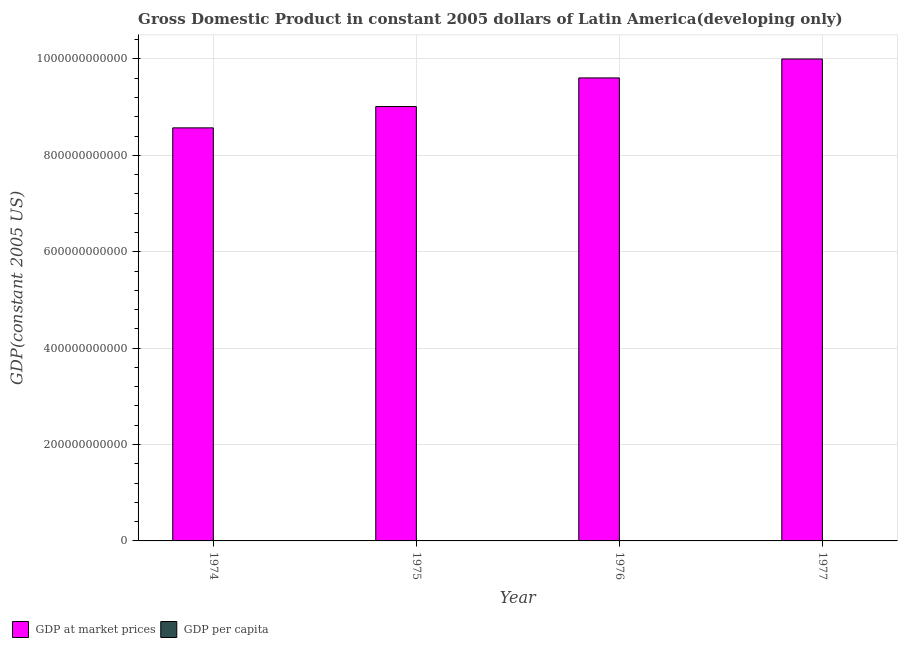
| Year | GDP at market prices | GDP per capita |
 | --- | --- | --- |
 | 1974 | 8.57e+11 | 3.28e+03 |
 | 1975 | 9.01e+11 | 3.37e+03 |
 | 1976 | 9.61e+11 | 3.5e+03 |
 | 1977 | 1e+12 | 3.56e+03 |